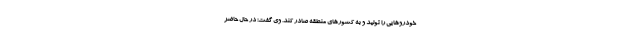
خودروهایی را تولید و به کشورهای منطقه صادر کند. وی گفت: در حال حاضر